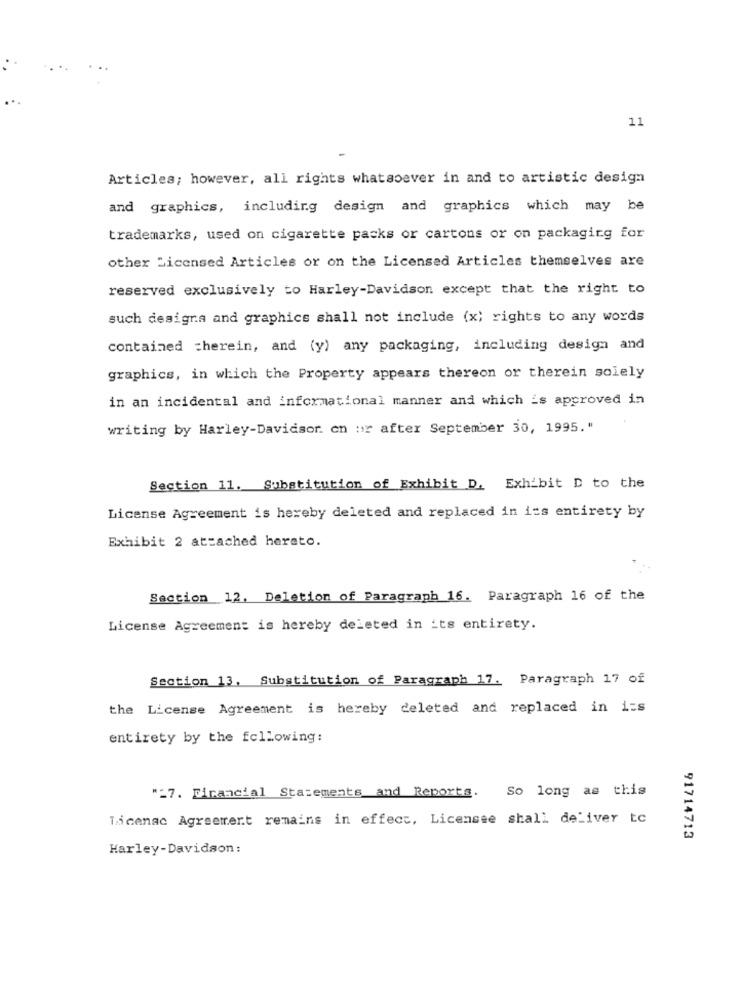
11
Articles; however, all rights whatsoever in and to artistic design
and graphics, including design and graphics which may be
trademarks, used on cigarette packs or cartons or on packaging for
other Licensed Articles or on the Licensed Articles themselves are
reserved exclusively to Harley-Davidson except that the right to
such designs and graphics shall not include (x) rights to any words
contained =herein, and (y) any packaging, including design and
graphics, in which the Property appears thereon or therein solely
in an incidental and informational manner and which is approved in
writing by Harley-Davidsor. on or after September 30, 1995."
Section 11. Substitution of Exhibit D. Exhibit D to the
License Agreement is hereby deleted and replaced in its entirety by
Exhibit 2 attached hereto.
Section 12. Deletion of Paragraph 16. Paragraph 16 of the
License Agreement is hereby deleted in its entirety.
Section 13, Substitution of Paragraph 17. Paragraph 17 of
the License Agreement is hereby deleted and replaced in i=s
entirety by the following:
"=7. Financial Statements and Reports. So long as this
Ticenac Agreement remains in effect, Licensee shall deliver tc
91714713
Harley-Davidson: